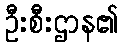
ဦးစီးဌာန၏